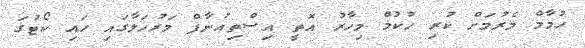
ހުމާމް މެރުމަށް ކުރި ހުކުމް މިހާރު އޮތީ އިސްތިއުނާފް މަރުހަލާގައި ހައި ކޯޓުގަ